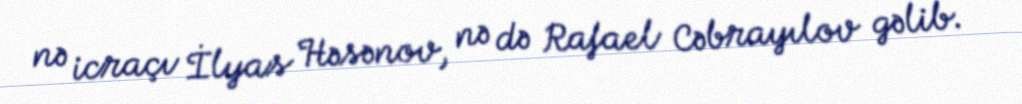
nə icraçı İlyas Həsənov, nə də Rafael Cəbrayılov gəlib.